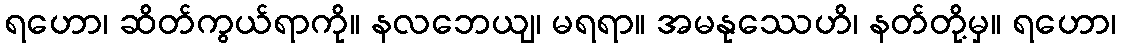
ရဟော၊ ဆိတ်ကွယ်ရာကို။ နလဘေယျ၊ မရရာ။ အမနုဿေဟိ၊ နတ်တို့မှ။ ရဟော၊